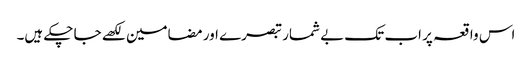
اس واقعہ پر اب تک بے شمار تبصرے اور مضامین لکھے جا چکے ہیں۔